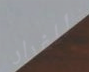
للفرار